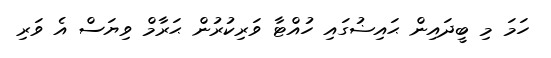
ހަމަ މި ބީދައިން ޙައިޟުގައި ހުއްޓާ ވަރިކުރުން ޙަރާމް ވިޔަސް އެ ވަރި